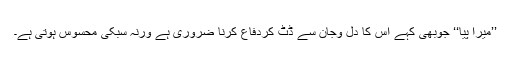
’’میرا پیا‘‘ جوبھی کہے اس کا دل وجان سے ڈٹ کردفاع کرنا ضروری ہے ورنہ سبکی محسوس ہوتی ہے۔